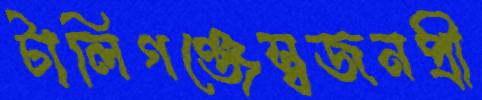
টালিগঞ্জেস্বজনপ্রী